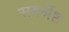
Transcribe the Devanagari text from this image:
सवर्श्रेष्ठ